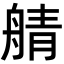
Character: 䑶